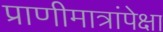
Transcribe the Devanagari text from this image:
प्राणीमात्रांपेक्षा